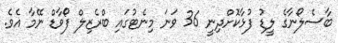
ބާސެލޯނާގެ ލީޑު ފުޅާކޮށްދިނީ 36 ވަނަ މިނެޓުގައި ބްރެޒިލް ފޯވާޑް ނޭމާ އެވެ.